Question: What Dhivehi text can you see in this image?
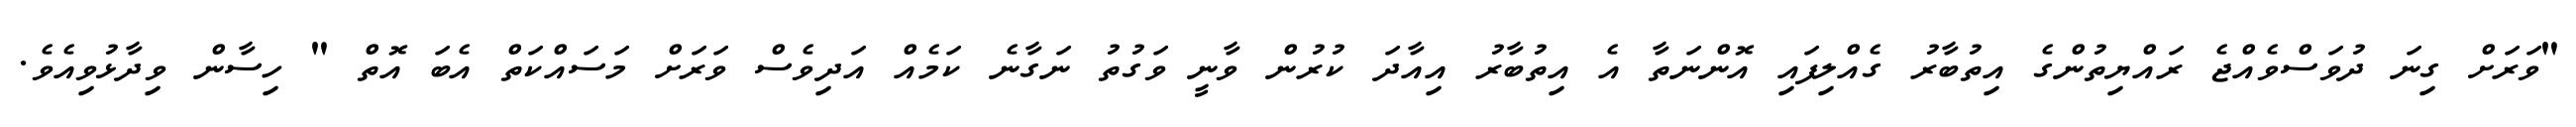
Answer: "ވަރަށް ގިނަ ދުވަސްވެއްޖެ ރައްޔިތުންގެ އިތުބާރު ގެއްލިފައި އޮންނަތާ އެ އިތުބާރު އިއާދަ ކުރުން ވާނީ ވަގުތު ނަގާނެ ކަމެއް އަދިވެސް ވަރަށް މަސައްކަތް އެބަ އޮތް " ހިސާން ވިދާޅުވިއެވެ.